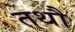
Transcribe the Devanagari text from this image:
तथौ